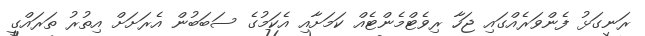
ރަނގަޅު ފެންވަރެއްގައި ޖަހާ ރިވެޓްމެންޓެއް ކަމަށާއި އެކަމުގެ ސަބަބުން އެރަށަށް އިތުރު ތަރައްގީ